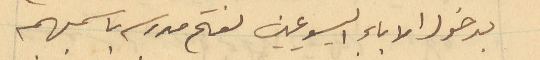
بدخول الاباء اليسوعيين لفتح مدرسه باسمهم